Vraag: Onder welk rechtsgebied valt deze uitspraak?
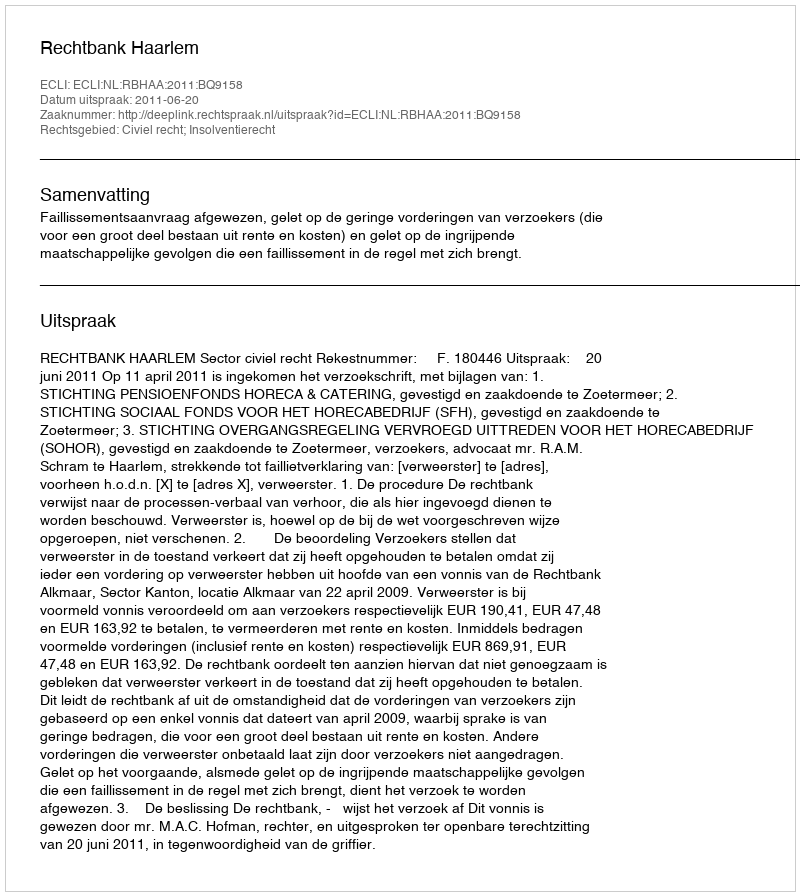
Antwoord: Civiel recht; Insolventierecht